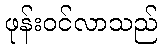
ဖုန်းဝင်လာသည်